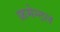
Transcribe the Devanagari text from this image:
फ्रमेन्टल